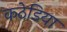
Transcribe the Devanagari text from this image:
कठेडिया